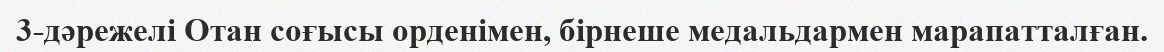
3-дәрежелі Отан соғысы орденімен, бірнеше медальдармен марапатталған.